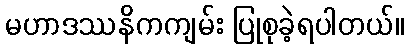
မဟာဒဿနိကကျမ်း ပြုစုခဲ့ရပါတယ်။